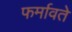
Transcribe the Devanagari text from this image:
फर्मावते